Vital statistics of India. Vol. VI, European troops 1870-79
Year: 1870
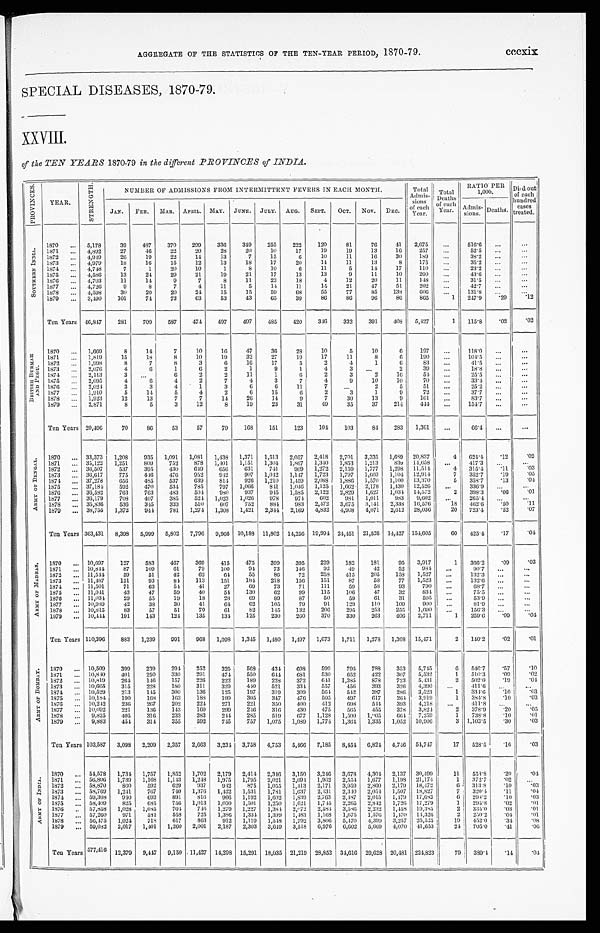
AGGREGATE OF THE STATISTICS OF THE TEN-YEAR PERIOD, 1870-79.
cccxix
SPECIAL DISEASES, 1870-79.
XXVIII.
of the TEN YEARS 1870-79 in the different PROVINCES of INDIA.
P R O V I N C E S .
YEAR.
S T R E N G T H .
NUMBER OF ADMISSIONS FROM INTERMITTENT FEVERS IN EACH MONTH.
Total
Admis- sions
of each
Year.
Total
Deaths
of each
Year.
RATIO PER
1,000.
Died out
of each
hundred
cases
treated.
JAN. FEB. MAR. APRIL. MAY. JUNE. JULY. AUG. SEPT. OCT. NOV. DEC.
Admis-
sions.
Deaths.
S O U T H E R N I N D I A .
1870 ... 5,178
39
487
370
299
336
349
255
222
120
81
76
41 2,675
...
516.6 ...
. . .
1871 ... 4,892
27
46
22
20
28
20
10
17
19
19
13
16
257
. . .
52.5 ...
. . .
1872 ... 4,949
26
19
22
14
13
7
15
6
10
11
16
30
189
...
38.2 ...
. . .
1873
. . . 4,979
18
16
15
12
13
18
17
20
14
11
13
8
175
...
35.2 ...
. . .
1874 ... 4,748
7
1
20
10
1
8
10
6
11
5
14
17
110
. . .
23.2
. . .
. . .
1875 ... 4,586
13
24
29
21
19
21
17
13
13
9
11
10
200
...
43.6
. . .
. . .
1876 ... 4,703
11
14
9
7
8
11
23
18
4
12
20
11
148
...
31.5 ...
. . .
1877 ... 4,726
9
8
7
4
11
5
14
11
14
21
47
51
202
...
42.7 . . .
. . .
1878
. . . 4,598
30
20
20
24
15
15
59
6 8
55
77
85
138
606
...
131.8
. . .
. . .
1879 ... 3,490
101
74
73
63
53
43
65
39
86
86
96
86
865
1 247.9
.29
.12
Ten Years 46,847
281
709
587
474 497
497
485
420
346
332
391
408 5,427
1 115.8
.02
.02
B R I T I S H B U R M A H
A N D P E G U .
1870 ... 1,669
8
14
7
10
16
47
36
28
10
5
10
6
197
...
118.0 ...
. . .
1871 ... 1,819
15
18
8
10
19
32
27
19
17
11
8
6
190
...
104.5 ...
. . .
1872 ... 1,998
8
7
8
3
6
16
17
5
2
4
1
6
83
...
41.5 ...
...
1873 ... 2,076
4
6
1
6
2
1
9
1
4
3
. . .
2
39
...
18.8
. . .
. . .
1874
. . . 2,113
3
. . .
6
2
2
11
1
6
2
3
2
16
54
...
25.5
. . .
. . .
1875 ... 2,095
4
6
4
2
7
4
3
7
4
9
10
10
70
...
33.4 ...
. . .
1876 ... 2,024
3
3
4
1
3
6
6
11
7
. . .
2
5
51
. . . 25.2
. . .
. . .
1877
. . . 1,910
5
14
5
4
2
6
15
6
2
3
1
9
72
...
37.7
. . .
...
1878 ... 1,923
12
13
7
7
14
26
14
9
7
30
13
9
161 ...
83.7 ...
. . .
1879 ... 2,871
8
5
3
12
8
19
23
31
49
35
37
214
444
...
154.7 ...
. . .
Ten Years 20,496
70
86
53
57
79
168
151
123
104
103
84
283 1,361
...
66.4 . . .
. . .
A R M Y O F B E N G A L . 1870 ... 33,373 1,208
935 1,091 1,081 1,438 1,371 1,513 2,057 2,418 2,701 3,335 1,689 20,837
4
624.4
.12
.02
1871 ... 35,122 1,251
809 752
878 1,401 1,151 1,304 1,867 1,340 1,853 1,213
839 14,658
. . .
417.3 ...
. . .
1872 ... 36,507
537
395
430
649
656
631
741
969 1,272 2,159 1,777 1,298 11,514
4 315.4
.11
.03
1873 ... 36,617
775
446
476
952
942
907 1,042 1,147 1,723 1,797 1,603 1,104 12,914
7 352.7
.19
.05
1874 ... 37,278
656
485
537
639
814
926 1,210 1,459 2,088 1,886 1,570 1,100 13,370
5 358.7
.13
.04
1875
. . . 37,184
592
470
534
785
797 1,066
841 1,046 1,125 1,662 2,178 1,430 12,526
...
336.9 ...
. . .
1876
. . . 36,582
763
763
483
504 980
937
945 1,585 2,122 2,829 1,627 1,034 14,572
2 398.3
. 0 6
.01
1877 ... 36,179
708
407
385
524 1,023 1,026
978
974
602
981 1,011
983 9,602 ...
265.4 ...
. . .
1878
. . . 35,836
536
345
333
510
607
752
884
983 2,472 3,675 3,141 2,338 16,576
18 462.6
.50
.11
1879 ... 38,755 1,372
944 781 1,274 1,308 1,421 2,344 2,169 4,832 4,908 4,071 2,612 28,036
20 723.4
.52
.07
Ten Years 363,431 8,398 5,999 5,802 7,796 9,966 10,188 11,802 14,256 19,994 24,451 21,526 14,427 154,605
6 0 425.4
.17
.04
A R M Y O F M A D R A S .
1870 ... 10,697
127
583
467
369
415
475
399
395
229
182
181
95 3,917
1 366.2
.09
.03
1871 ... 10,844
87
109
61
79
100
94
73
146
92
49
42
52
984 ...
90.7 ...
. . .
1872
. . . 11,544
59
51
42
62
64
55
86
72
258
415
205
158 1,527
...
132.3 ...
...
1873 ... 11,487
151
93
84
113
151
184 218
156
151
87
5 8
77 1,523
...
132.6 ...
. . .
1874 ... 11,501
71
63
54
41
27
69
73
71
111
59
58
93
790 ...
68.7 ...
. . .
1875 ... 11,041
43
47
59
40
54 130
62
99
115
106
47
32
834 ...
75.5 ...
. . .
1876 ... 11,034
29
55
19
18
28
69
89
87
50
59
61
31
595
...
53.9 ...
...
1877 ... 10,989
42
38
30
41
64
62
105
79
91
129
110
109
900
. . .
81.9 ...
...
1878 ... 10,815
83
57
51
70
61
82
145
132
206
295
253
255 1,690
. . .
156.3 ...
...
1879 ... 10,444
191
143
124 135
134 125
230
260
370
330
263
406 2,711
1 259.6
.09
.04
Ten Years 110,396 883 1,239
991
968 1,098 1,345 1,480 1,497 1,673 1,711 1,278 1,308 15,471
2 140.2
.02
.01
A R M Y O F B O M B A Y .
1870 ... 10,509
399
239
294 252
326
568
434 698
599
795
788
353 5,745
6 546.7
.57
.10
1871 ... 10,840
401
250
330
291
474
550
644 681
530
652
422
307 5,532
1 510.3
.09
.02
1872 ... 10,819
264
146
157
226
222
189
228
372
641 1,385
878
723 5,431
2 502.0
.19
.04
1873 ... 10,665
315
228
180
311
329
440
521
334
557
456
393
326 4,390 ...
411.6
. . .
...
1874 ... 10,529
213
145
300
136
125
197
319
309
564
542
387
286 3,523
1 334.6
.10
.03
1875 ... 10,184
190
168
163
188
199
305
347
476
505
497
617
264 3,919
1 384.8
.10
.03
1876
. . . 10,242
236
267
202
224
271
221
350
400
412
698
544 393 4,218
...
411.8 ...
...
1877
... 10,092
221
136
143
160
299
246
316
430
475
565
455
378 3,824
2 378.9
.20
.05
1878 ... 9,825
405
316
233
283
244
285
519
677 1,128 1,500 1,905
664 7,259
1 738.8
.10
. 0 1
1879 ... 9,883
454 314
355
592
745
757 1,075 1,089 1,774 1,364 1,335 1,052 10,906
3 1,103.5
.30
.03
Ten Years 103,587 3,098 2,209 2,357 2,663 3,234 3,758 4,753 5,466 7,185 8,454 6,824 4,746 54,747
17 528.5
.16
.03
A R M Y O F I N D I A .
1870 ... 54,578 1,734 1,757 1,852 1,702 2,179 2,414 2,346 3,150 3,246 3,678 4,304 2,137 30,499
11 558.8
.20 .04
1871
. . . 56,806 1,739 1,168 1,143 1,248 1,975 1,795 2,021 2,694 1,962 2,554 1,677 1,198 21,174
1 372.7
.02
...
1872 ... 58,870
860
592 629
937
942
875 1,055 1,413 2,171 3,959 2,860 2,179 18,472
6 313.8
.10
.03
1873
. . . 58,769 1,241
767
740 1,376 1,422 1,531 1,781 1,637 2,431 2,340 2,054 1,507 18,827
7 320.4
.11
.04
1874
. . . 59,308
940
693
891
816
966 1,192 1,602 1,839 2,763 2,487 2,015 1,479 17,683
6 298.2
.10
.03
1875
. . . 58,409
825 685
756 1,013 1,050 1,501 1,250 1,621 1,745 2,265 2,842 1,726 17,279
1 295.8
.02
.01
1876
. . . 57,858 1,028 1,085
704 746 1,279 1,227 1,374 2,072 2,584 3,586 2,232 1,458 19,385
2 335.0
.03
.01
1877 ... 57,260
971
581
558
725 1,386 1,334 1,399 1,483 1,168 1,675 1,576 1,470 14,326
2 250.2
.04
.01
1878
. . . 56,475 1,024
718
617
863
912 1,119 1,548 1,792 3,806 5,470 4,399 3,257 25,525
19 452.0
.34
.08
1879
... 59,082 2,017 1,401 1,260 2,001 2,187 2,303 3,649 3,518 6,976 6,602 5,669 4,070 41,653
24 705.0
.41
.06
Ten Years 577,416 12,379 9,447 9,150 11,427 14,298 15,291 18,035 21,219 28,852 34,616 29,628 20,481 224,823
79 389.4
.14
.04